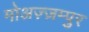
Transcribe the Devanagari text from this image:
मोअज़्ज़म्पुर